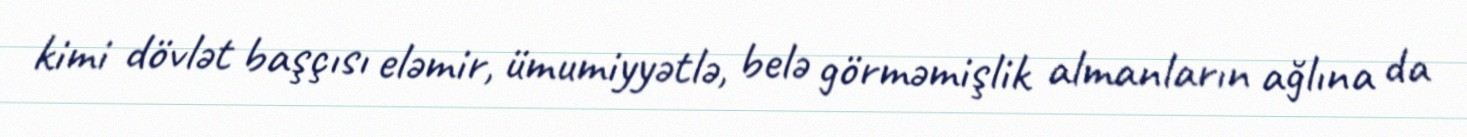
kimi dövlət başçısı eləmir, ümumiyyətlə, belə görməmişlik almanların ağlına da